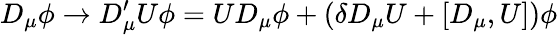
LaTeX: D_{\mu}\phi\rightarrow D_{\mu}^{\prime}U\phi=UD_{\mu}\phi+(\delta D_{\mu}U+[D_{\mu},U])\phi